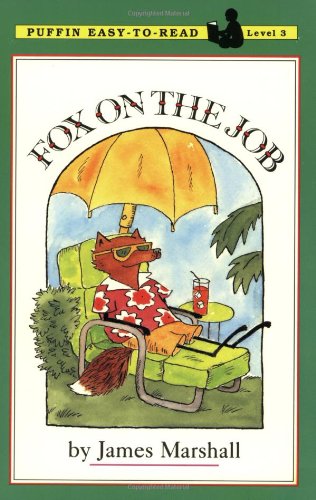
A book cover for Fox on the Job: Level 3 (Penguin Young Readers, Level 3); James Marshall; Children's Books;